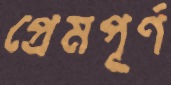
প্রেমপূর্ণ